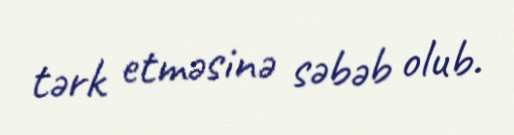
tərk etməsinə səbəb olub.